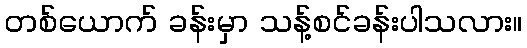
တစ်ယောက် ခန်းမှာ သန့်စင်ခန်းပါသလား။